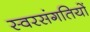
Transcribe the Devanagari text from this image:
स्वरसंगतियों